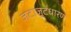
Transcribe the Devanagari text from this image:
जटाजूटधारण